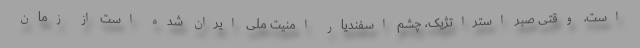
است. وقتی صبر استراتژیک، چشم اسفندیار امنیت ملی ایران شده است از زمان